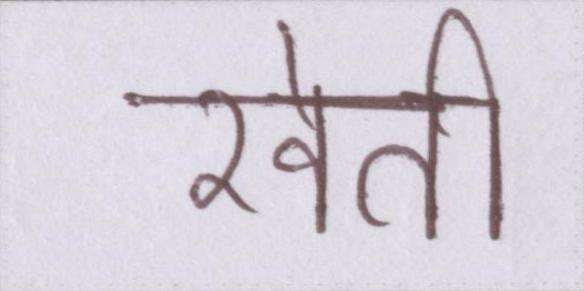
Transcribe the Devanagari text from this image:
खेती